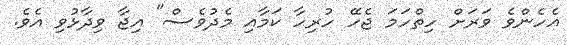
އެހެންވެ ވަރަށް ހިތްހަމަ ޖެހޭ ހުރިހާ ކަމާއި މެދުވެސް" އިޖާ ވިދާޅުވި އެވެ.